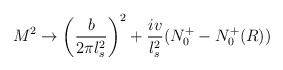
\begin{align*} M^2 \rightarrow \left ( {b\over 2\pi l_s^2}\right )^2+{iv\over l_s^2} (N_0^+-N^+_0(R))\end{align*}